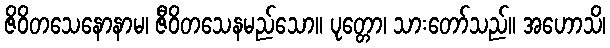
ဇိဝိတသေနောနာမ၊ ဇီဝိတသေနမည်သော။ ပုတ္တော၊ သားတော်သည်။ အဟောသိ၊